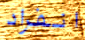
انفراد